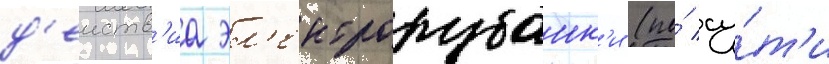
д'еиств'иа эл'ектрорубанк'и (по́ су́т'и